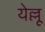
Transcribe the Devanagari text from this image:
येल्लू